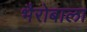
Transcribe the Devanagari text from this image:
भैरोबाला